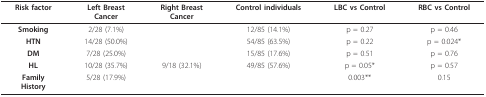
<table><thead><tr><td><b>Risk factor</b></td><td><b>Left BreastCancer</b></td><td><b>Right BreastCancer</b></td><td><b>Control individuals</b></td><td><b>LBC vs Control</b></td><td><b>RBC vs Control</b></td></tr></thead><tbody><tr><td><b>Smoking</b></td><td>2/28 (7.1%)</td><td>[EMPTY_CELL]</td><td>12/85 (14.1%)</td><td>p = 0.27</td><td>p = 0.46</td></tr><tr><td><b>HTN</b></td><td>14/28 (50.0%)</td><td>[EMPTY_CELL]</td><td>54/85 (63.5%)</td><td>p = 0.22</td><td>p = 0.024*</td></tr><tr><td><b>DM</b></td><td>7/28 (25.0%)</td><td>[EMPTY_CELL]</td><td>15/85 (17.6%)</td><td>p = 0.51</td><td>p = 0.76</td></tr><tr><td><b>HL</b></td><td>10/28 (35.7%)</td><td>9/18 (32.1%)</td><td>49/85 (57.6%)</td><td>p = 0.05*</td><td>p = 0.57</td></tr><tr><td><b>Family</b><b>History</b></td><td>5/28 (17.9%)</td><td>[EMPTY_CELL]</td><td>[EMPTY_CELL]</td><td>0.003**</td><td>0.15</td></tr></tbody></table>